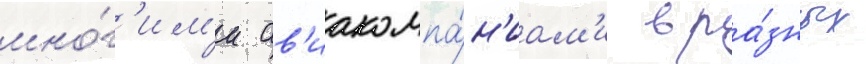
мно́г'им'и ав'иакомпа́н'иам'и в ра́зных